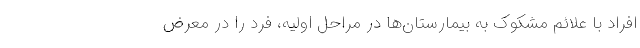
افراد با علائم مشکوک به بیمارستان‌ها در مراحل اولیه، فرد را در معرض